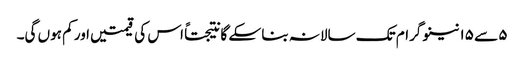
٥ سے ١٥ نینو گرام تک سالانہ بنا سکے گا نتیجتاً اس کی قیمتیں اور کم ہوں گی۔